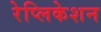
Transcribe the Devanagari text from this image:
रेप्लिकेशन